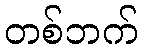
တစ်ဘက်